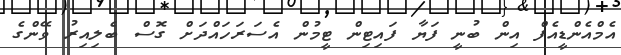
އެމްއެންޑީއެފް އިން ބުނީ ފަޔާ ފައިޓިން ޓީމުން އެސަރަހައްދަށް ގޮސް ބެލިއިރު ވޭންގެ